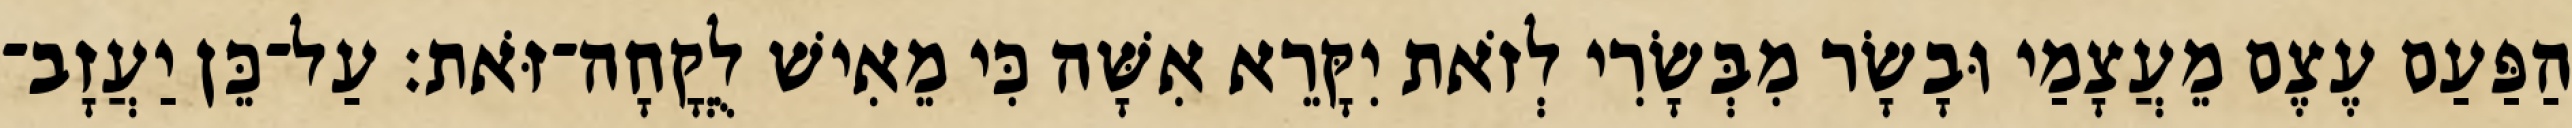
הַפַּעַם עֶצֶם מֵעֲצָמַי וּבָשָׂר מִבְּשָׂרִי לְזֹאת יִקָּרֵא אִשָּׁה כִּי מֵאִישׁ לֻקֳחָה־זֹּאת׃ עַל־כֵּן יַעֲזָב־